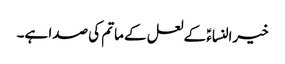
خیرالنساءؑ کے لعل کے ماتم کی صدا ہے۔